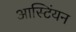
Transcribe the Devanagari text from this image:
आस्टिंयन